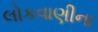
લોકવાણીના